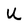
Character: U